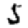
Digit: 5